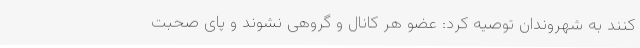
کنند به شهروندان توصیه کرد: عضو هر کانال و گروهی نشوند و پای صحبت